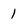
Character: 1